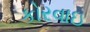
કોરવાઇ